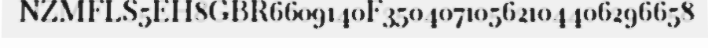
NZMFLS5EH8GBR6609140F35040710562104406296658